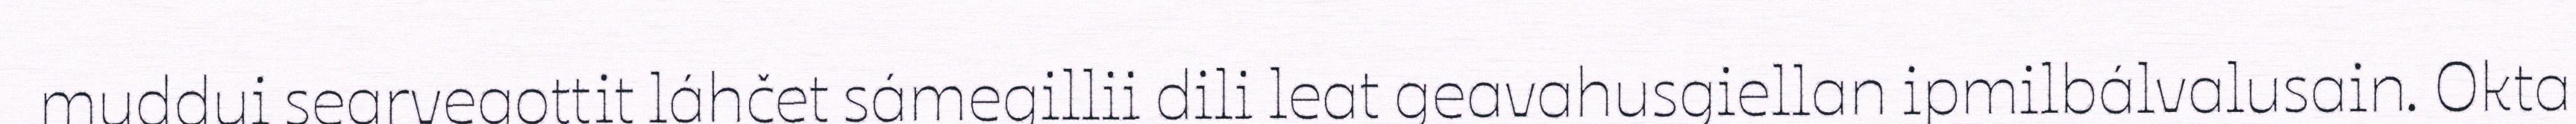
muddui searvegottit láhčet sámegillii dili leat geavahusgiellan ipmilbálvalusain. Okta